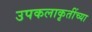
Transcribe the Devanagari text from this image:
उपकलाकृतींच्या